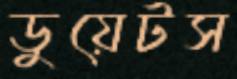
ডুয়েটস